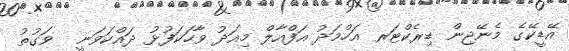
އޭޑީކޭގެ މެނޭޖިން ޑިރެކްޓަރ އަހްމަދު އަފްއާލް މިއަދު ވާހަކަފުޅު ދައްކަވަނީ  ވަގުތު